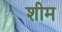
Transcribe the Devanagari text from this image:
शीम